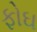
ફોઘ